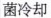
菌冷却